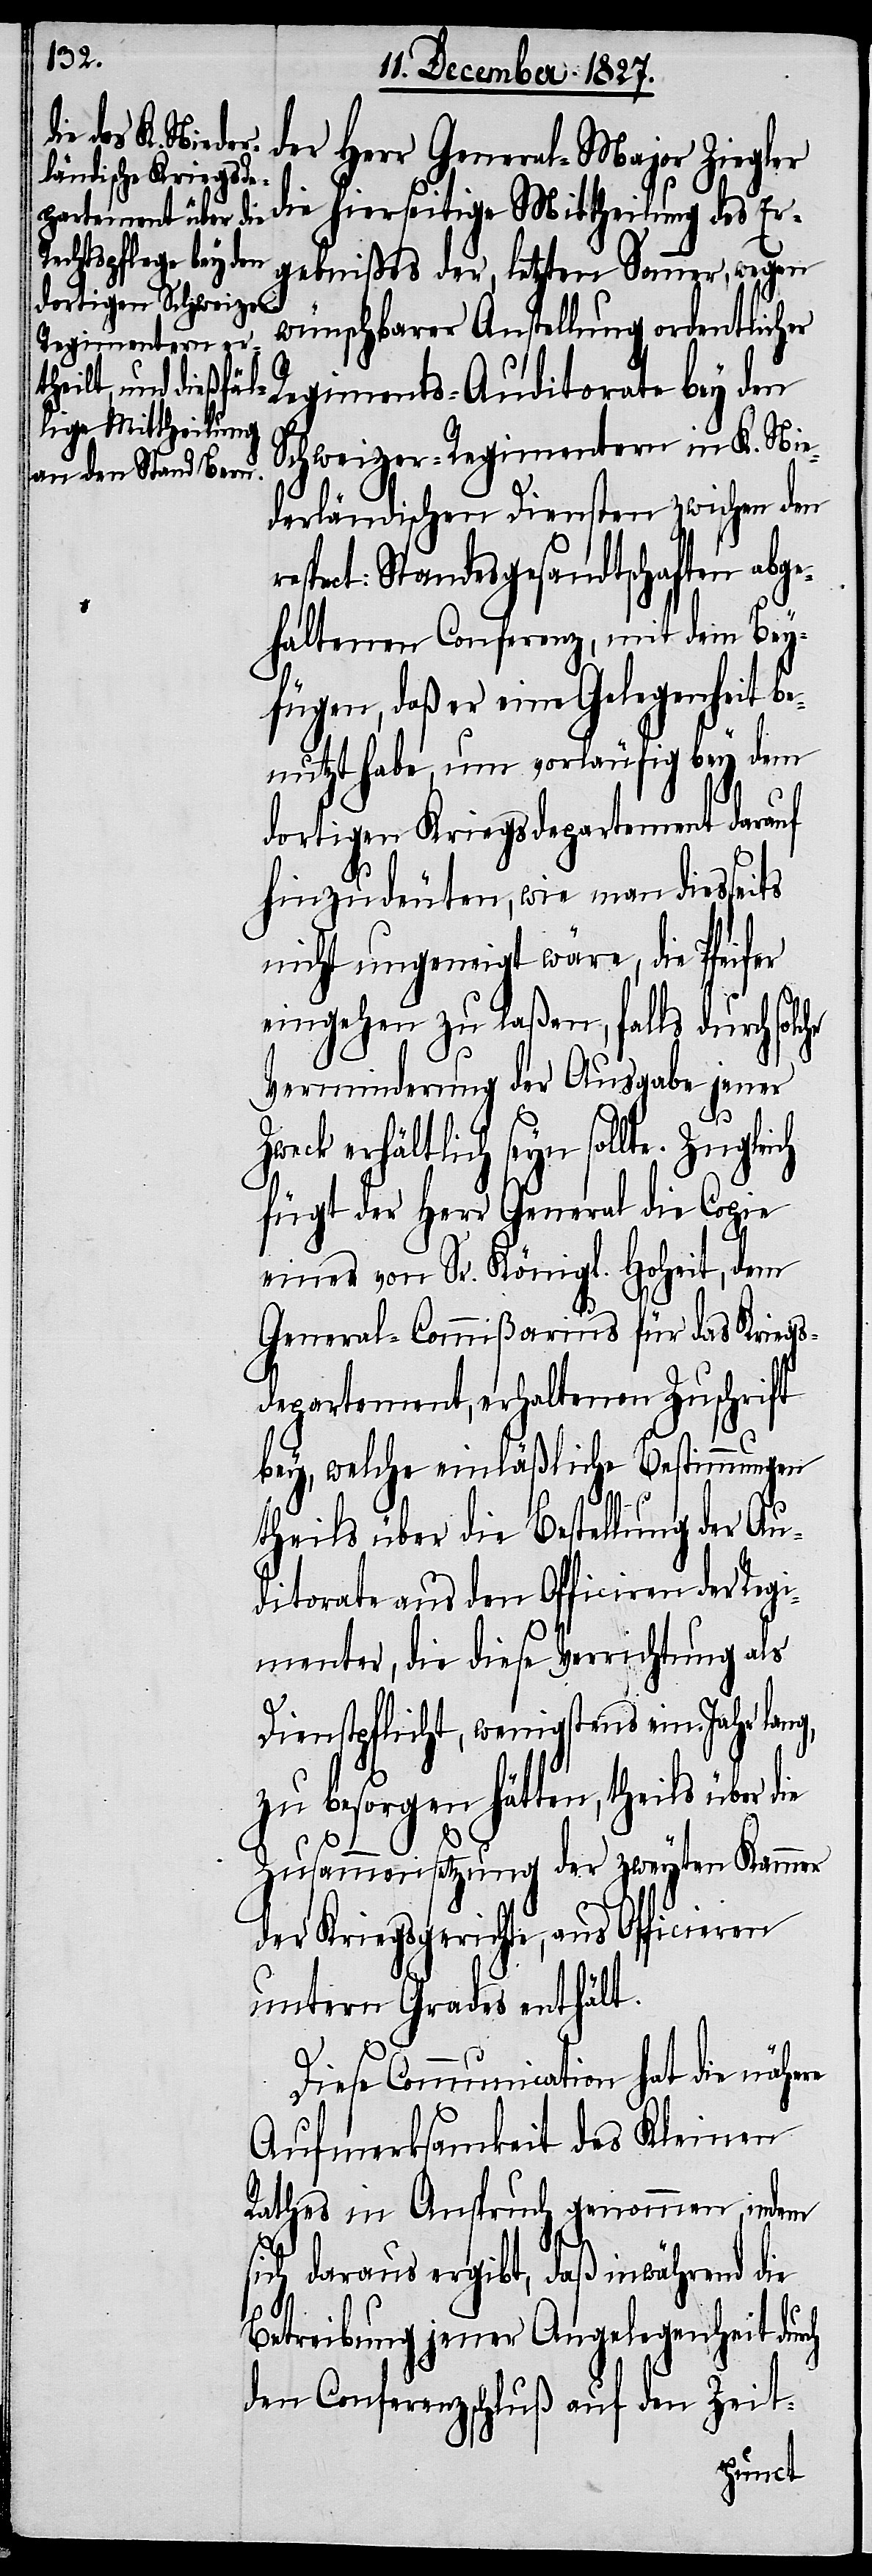
Herr General-Major Ziegler
gebnißes der letzten Sommer, wegen
wünschbarer Anstellung ordentlicher
Regiments-Auditoriate bey den
tige Mittheilung
Schweizer Regimentern in K. Nie¬
derländischen Diensten zwischen den
ect: Standesgesandtschaften abge¬
haltenen Conferenz, mit dem Bey¬
fügen, daß er eine Gelegenheit be¬
nutzt habe, um vorläufig bey dem
dortigen Kriegsdepartement darauf
hinzudeuten, wie man diesseits
nicht ungeneigt wäre, die Pfeifer
eingehen zu laßen, falls durch solc¬
Verminderung der Ausgabe jener
Zweck erhältlich seyn sollte. Zugle¬
fügt der Herr General die Copie
eines von Sr. Königl. Hoheit, dem
General-Commißarius für das Kriegs¬
departement, erhaltenen Zuschrift
bey, welche einläßliche Bestimmungen
Er¬
theils über die Bestellung der Au¬
ditoriate aus den Officieren der Regi¬
menter, die diese Verrichtung als
Dienstpflicht, wenigstens ein Jahr lang,
zu besorgen hätten, theils über
die
Zusammensetzung der zweyten Kammer
der Kriegsgerichte, aus Officieren
untern Grades enthält.
Diese Communication hat die nähere
Aufmerksamkeit des Kleinen
Rathes in Anspruch genommen, indem
rch
sich daraus ergibt, daß inwährend die
Betreibung jener Angelegenheit du¬
den Conferenzbeschluß auf den Zeit-